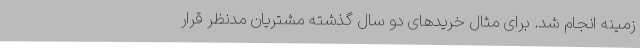
زمینه انجام شد. برای مثال خریدهای دو سال گذشته مشتریان مدنظر قرار